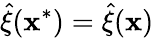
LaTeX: \widehat{\mathbf{\xi}}(\mathbf{x}^{*})=\widehat{\mathbf{\xi}}(\mathbf{x})